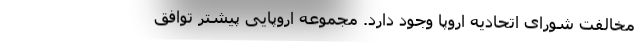
مخالفت شورای اتحادیه اروپا وجود دارد. مجموعه اروپایی پیشتر توافق